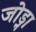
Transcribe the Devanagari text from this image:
जोड्ना